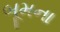
બૂમના